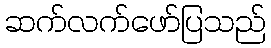
ဆက်လက်ဖော်ပြသည်